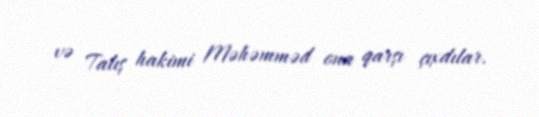
və Talış hakimi Məhəmməd ona qarşı çıxdılar.